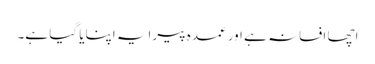
اچھا افسانہ ہے اور عمدہ پیرایہ اپنایا گیا ہے۔